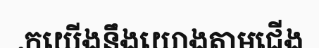
.កយើងនឹងយោងតាមជើង